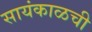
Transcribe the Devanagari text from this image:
सायंकाळची